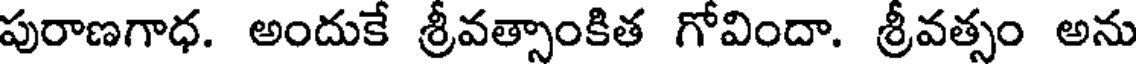
పురాణగాధ. అందుకే శ్రీవత్సాంకిత గోవిందా. శ్రీవత్సం అను